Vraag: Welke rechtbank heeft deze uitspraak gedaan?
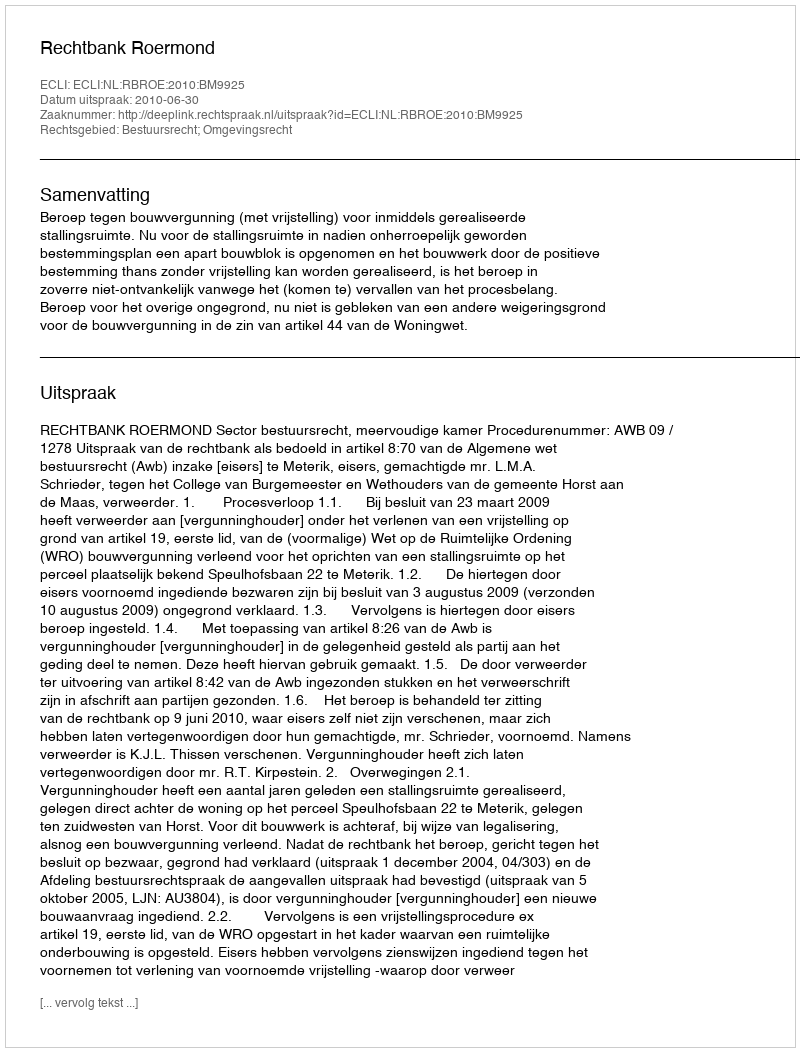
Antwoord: Rechtbank Roermond